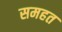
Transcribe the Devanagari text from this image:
समहत